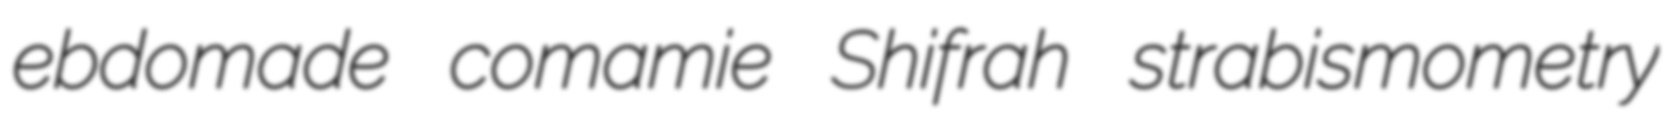
ebdomade comamie Shifrah strabismometry